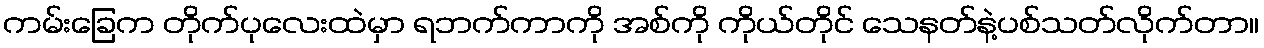
ကမ်းခြေက တိုက်ပုလေးထဲမှာ ရဘက်ကာကို အစ်ကို ကိုယ်တိုင် သေနတ်နဲ့ပစ်သတ်လိုက်တာ။